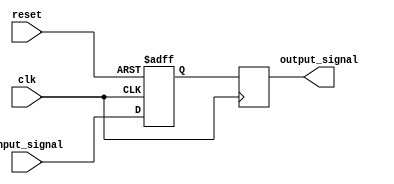
module latch_delay (
    input wire clk,
    input wire reset,
    input wire input_signal,
    output reg output_signal
);

reg delayed_signal;

always @ (posedge clk or posedge reset) begin
    if (reset) begin
        delayed_signal <= 1'b0;
    end else begin
        delayed_signal <= input_signal;
    end
end

always @ (posedge clk) begin
    output_signal <= delayed_signal;
end

endmodule